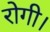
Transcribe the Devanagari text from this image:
रोगी।